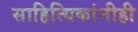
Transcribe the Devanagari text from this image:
साहित्यिकांनीही